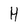
Character: H